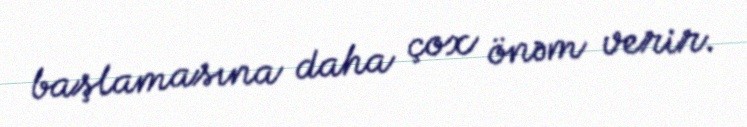
başlamasına daha çox önəm verir.